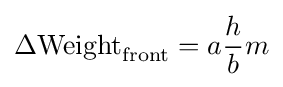
\Delta \mathrm {Weight} _{\mathrm {front} }=a{\frac {h}{b}}m